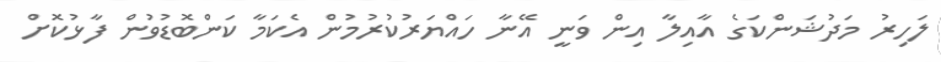
ލަހިރު މަދުޝަންކަގެ އާއިލާ އިން ވަނީ އޭނާ ހައްޔަރުކުރުމުން އެކަމާ ކަންބޮޑުވުން ފާޅުކޮށް